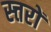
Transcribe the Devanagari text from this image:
स्त्तरों